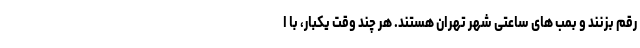
رقم بزنند و بمب های ساعتی شهر تهران هستند. هر چند وقت یکبار، با ا